Leaving Certificate Examination (including Day School Certificate (Higher) General paper), 1934
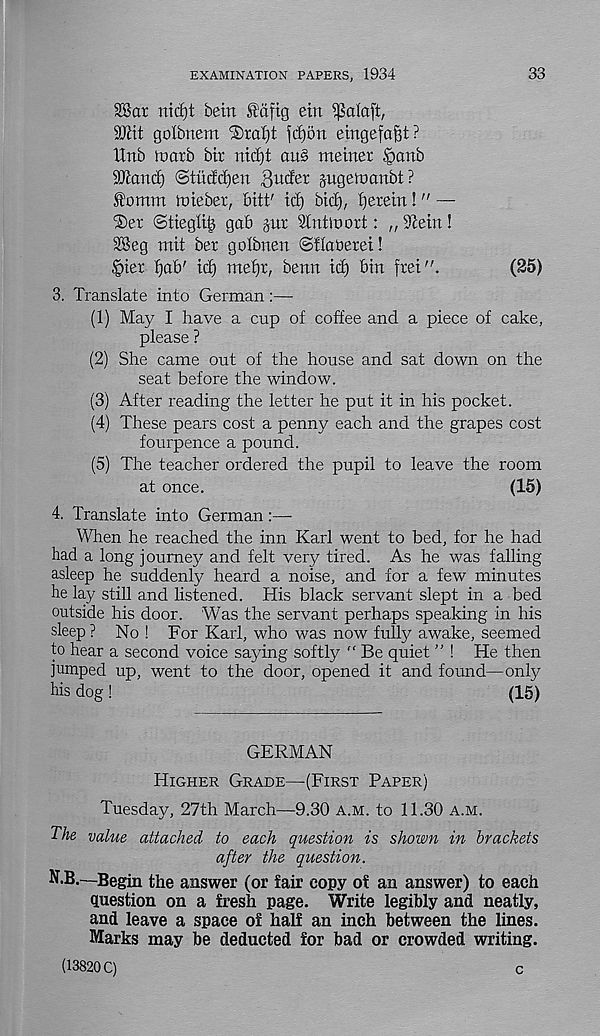
EXAMINATION PAPERS, 1934
33
38ar nicf)t betn £dftg ein
SSJHt golbnem ®ral)t jd)5n emgefafit ?
Urtb toarb bit nid)t au§ meirter .§anb
Wand) ©tuc!d)eu Qndtx pgeiDanbt ?
f omm iDteber, bitt' id) bid), fjerein! " —
®er ©tiegli| gab jut ^Intiuort: „%ein!
SBeg mit bet golbnen ©flatierei!
§iet Ijab' id) me£)r, benn id) bin frei".
(25)
3. Translate into German:—
(1) May I have a cup of coffee and a piece of cake,
please ?
(2) She came out of the house and sat down on the
seat before the window.
(3) After reading the letter he put it in his pocket.
(4) These pears cost a penny each and the grapes cost
fourpence a pound.
(5) The teacher ordered the pupil to leave the room
at once.
(15)
4. Translate into German:—
When he reached the inn Karl went to bed, for he had
had a long journey and felt very tired. As he was falling
asleep he suddenly heard a noise, and for a few minutes
he lay still and listened. His black servant slept in a bed
outside his door. Was the servant perhaps speaking in his
sleep? No ! For Karl, who was now fully awake, seemed
to hear a second voice saying softly “ Be quiet ” ! He then
jumped up, went to the door, opened it and found—only
his dog!
(IS)
GERMAN
Higher Grade—(First Paper)
Tuesday, 27th March—9.30 a.m. to 11.30 a.m.
The value attached to each question is shown in brackets
after the question.
N.B.—Begin the answer (or fair copy of an answer) to each
question on a fresh page. Write legibly and neatly,
and leave a space of half an inch between the lines.
Marks may be deducted for bad or crowded writing.
(13820 C)
c